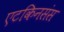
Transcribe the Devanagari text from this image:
एटकिनसंस